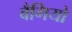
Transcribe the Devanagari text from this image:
बैगियो